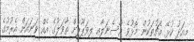
މިއަދު ކުޅޭ މެޗުތަކުން މޮޅުވެ އާސެނަލާއި ލިވަޕޫލަށް ތާވަލުގެ އެއް ވަނައަށް އެރުމުގެ